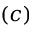
( c )